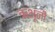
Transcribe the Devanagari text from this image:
ऋभूंनी